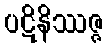
ပဋိနိဿဇ္ဇ